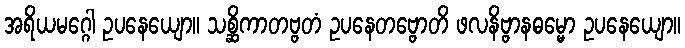
အရိယမဂ္ဂေါ ဥပနေယျော။ သစ္ဆိကာတဗ္ဗတံ ဥပနေတဗ္ဗောတိ ဖလနိဗ္ဗာနဓမ္မော ဥပနေယျော။